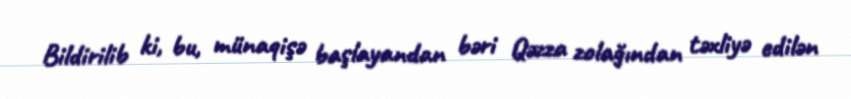
Bildirilib ki, bu, münaqişə başlayandan bəri Qəzza zolağından təxliyə edilən